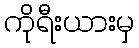
ကိုရီးယားမှ